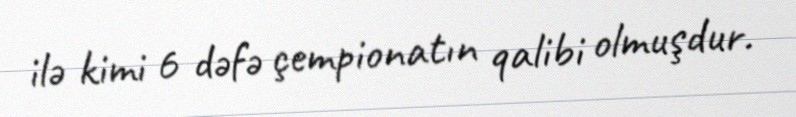
ilə kimi 6 dəfə çempionatın qalibi olmuşdur.